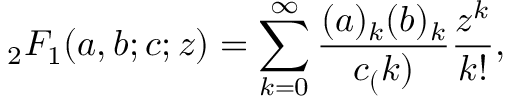
\ _ { 2 } F _ { 1 } ( a , b ; c ; z ) = \sum _ { k = 0 } ^ { \infty } \frac { ( a ) _ { k } ( b ) _ { k } } { c _ { ( } k ) } \frac { z ^ { k } } { k ! } ,